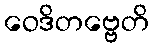
ဝေဒိတဗ္ဗေတိ